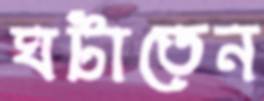
ঘটাতেন